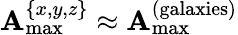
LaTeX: \mathbf{A}_{\mathrm{{max}}}^{\{ x,y,z\} }\approx\mathbf{A}_{\mathrm{{max}}}^{\mathrm{{(galaxies)}}}